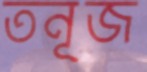
তনূজ